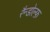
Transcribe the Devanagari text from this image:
रैन्डोल्फ़